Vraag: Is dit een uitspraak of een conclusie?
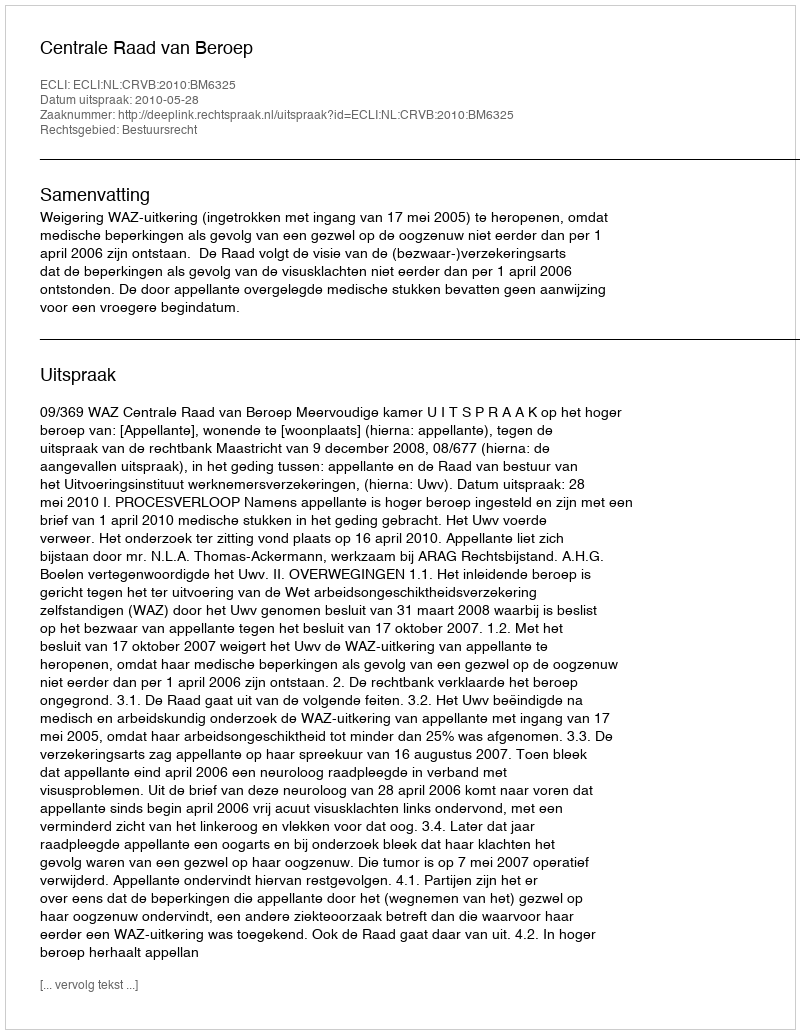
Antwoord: Uitspraak